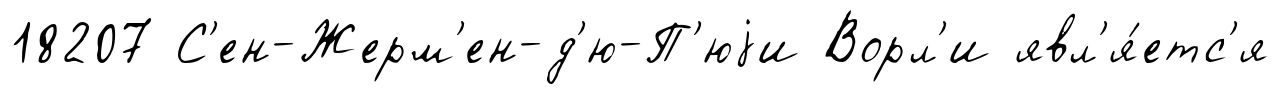
18207 С'ен-Жерм'ен-д'ю-П'юjи Ворл'и явл'я́етс'я